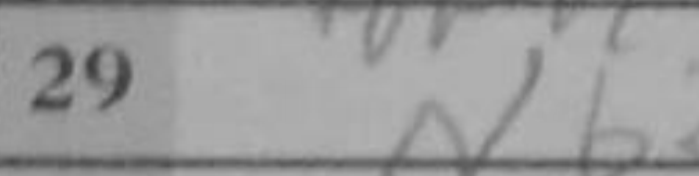
Transcription: Nb3